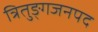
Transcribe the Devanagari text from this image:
त्रितुङ्गजनपद